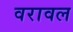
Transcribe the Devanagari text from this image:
वरावल